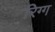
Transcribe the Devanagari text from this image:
रिग्ग